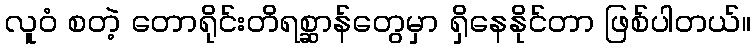
လူဝံ စတဲ့ တောရိုင်းတိရစ္ဆာန်တွေမှာ ရှိနေနိုင်တာ ဖြစ်ပါတယ်။